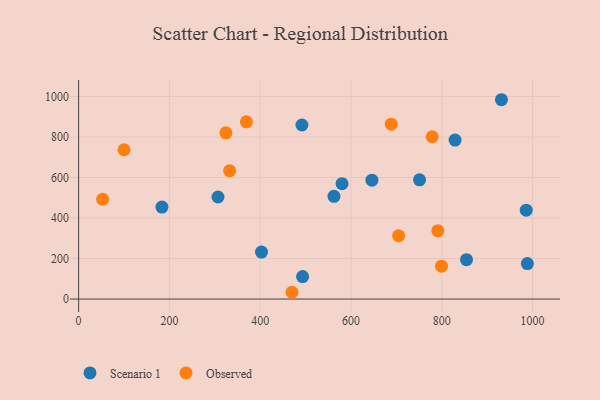
{"axis": {"x": "Ad Spend", "y": "Yield"}, "legend": ["Observed", "Scenario 1"], "data": [{"x": "493.4", "y": 111.0, "type": "Scenario 1"}, {"x": "931.4", "y": 984.0, "type": "Scenario 1"}, {"x": "988.5", "y": 175.2, "type": "Scenario 1"}, {"x": "580.3", "y": 569.6, "type": "Scenario 1"}, {"x": "986.0", "y": 438.7, "type": "Scenario 1"}, {"x": "646.1", "y": 586.7, "type": "Scenario 1"}, {"x": "491.9", "y": 859.3, "type": "Scenario 1"}, {"x": "854.4", "y": 194.1, "type": "Scenario 1"}, {"x": "829.2", "y": 784.6, "type": "Scenario 1"}, {"x": "402.9", "y": 231.8, "type": "Scenario 1"}, {"x": "183.6", "y": 454.1, "type": "Scenario 1"}, {"x": "307.0", "y": 503.8, "type": "Scenario 1"}, {"x": "751.0", "y": 588.7, "type": "Scenario 1"}, {"x": "562.5", "y": 506.9, "type": "Scenario 1"}, {"x": "791.2", "y": 337.4, "type": "Observed"}, {"x": "799.3", "y": 162.2, "type": "Observed"}, {"x": "332.6", "y": 633.3, "type": "Observed"}, {"x": "324.5", "y": 820.7, "type": "Observed"}, {"x": "52.9", "y": 492.7, "type": "Observed"}, {"x": "470.0", "y": 33.4, "type": "Observed"}, {"x": "100.0", "y": 737.1, "type": "Observed"}, {"x": "704.9", "y": 312.5, "type": "Observed"}, {"x": "688.7", "y": 863.2, "type": "Observed"}, {"x": "778.8", "y": 801.3, "type": "Observed"}, {"x": "369.7", "y": 874.9, "type": "Observed"}]}